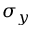
\sigma _ { y }